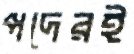
পদেরই